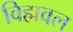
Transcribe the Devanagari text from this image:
विह्मवल